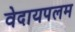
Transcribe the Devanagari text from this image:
वेदायपलम